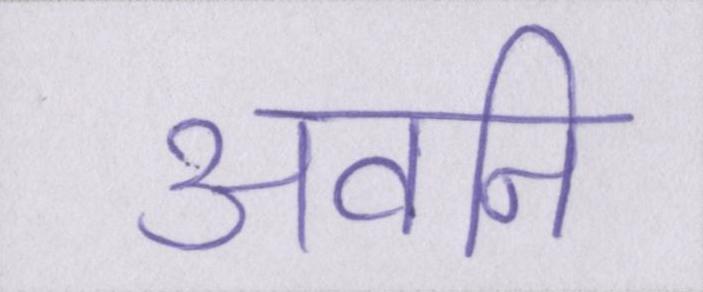
अवनि